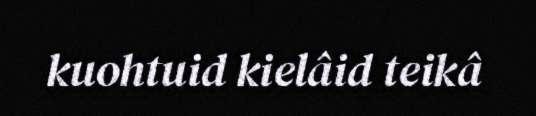
kuohtuid kielâid teikâ